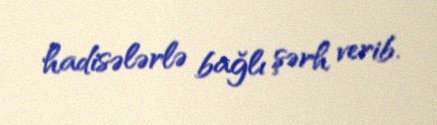
hadisələrlə bağlı şərh verib.